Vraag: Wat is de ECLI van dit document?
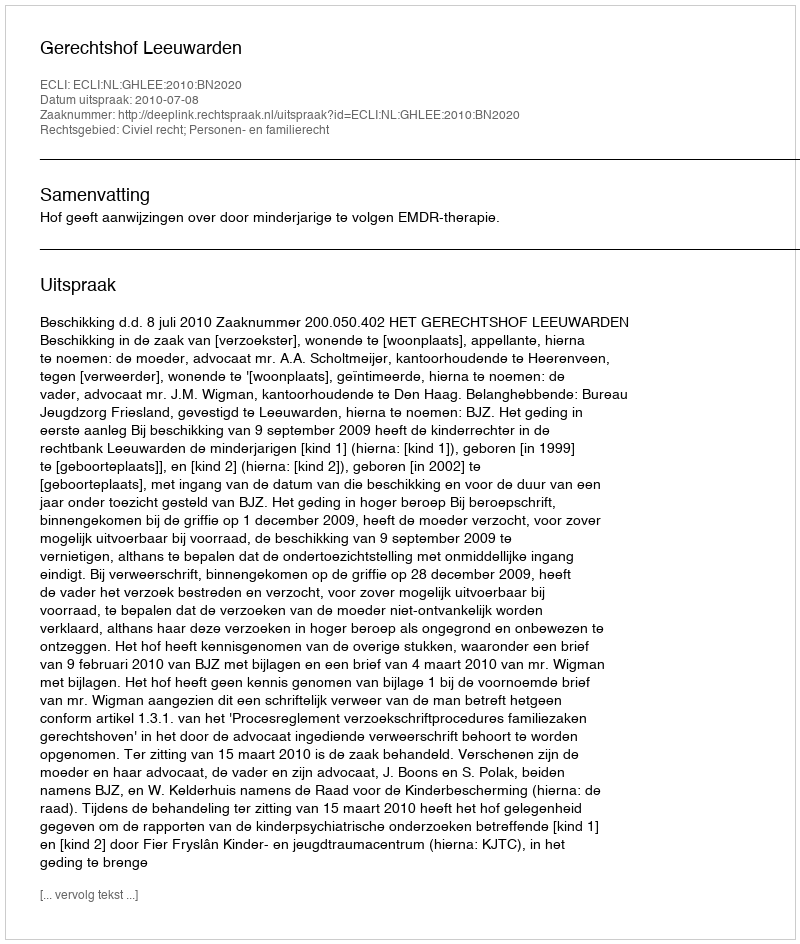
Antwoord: ECLI:NL:GHLEE:2010:BN2020